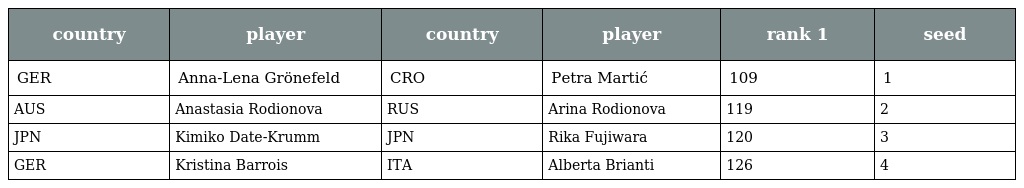
| country | player | country | player | rank 1 | seed |
 | --- | --- | --- | --- | --- | --- |
 | GER | Anna-Lena Grönefeld | CRO | Petra Martić | 109 | 1 |
 | AUS | Anastasia Rodionova | RUS | Arina Rodionova | 119 | 2 |
 | JPN | Kimiko Date-Krumm | JPN | Rika Fujiwara | 120 | 3 |
 | GER | Kristina Barrois | ITA | Alberta Brianti | 126 | 4 |